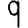
Digit: 9